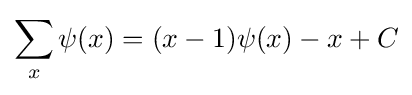
\sum _{x}\psi (x)=(x-1)\psi (x)-x+C